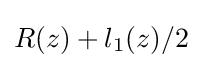
R(z)+l_{1}(z)/2